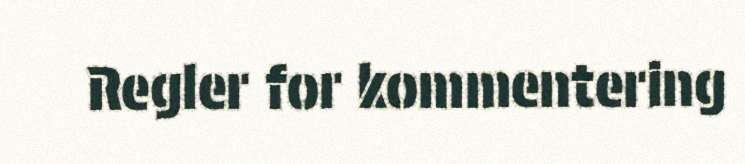
Regler for kommentering